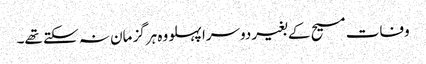
وفات مسیح کے بغیر دوسرا پہلو وہ ہرگز مان نہ سکتے تھے۔